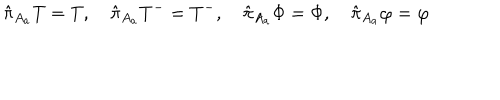
\hat { \pi } _ { A _ { a } } T = T , \quad \hat { \pi } _ { A _ { a } } T ^ { - } = T ^ { - } , \quad \hat { \pi } _ { A _ { a } } \Phi = \Phi , \quad \hat { \pi } _ { A _ { a } } \varphi = \varphi